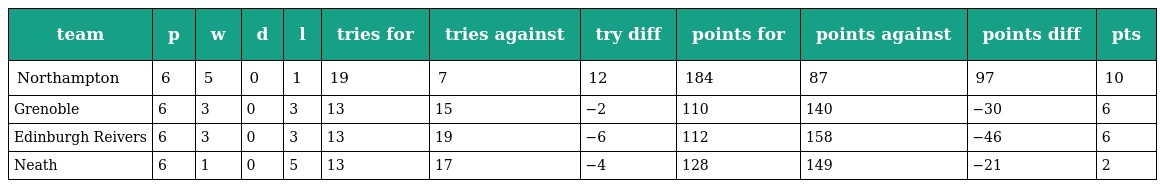
| team | p | w | d | l | tries for | tries against | try diff | points for | points against | points diff | pts |
 | --- | --- | --- | --- | --- | --- | --- | --- | --- | --- | --- | --- |
 | Northampton | 6 | 5 | 0 | 1 | 19 | 7 | 12 | 184 | 87 | 97 | 10 |
 | Grenoble | 6 | 3 | 0 | 3 | 13 | 15 | −2 | 110 | 140 | −30 | 6 |
 | Edinburgh Reivers | 6 | 3 | 0 | 3 | 13 | 19 | −6 | 112 | 158 | −46 | 6 |
 | Neath | 6 | 1 | 0 | 5 | 13 | 17 | −4 | 128 | 149 | −21 | 2 |